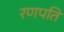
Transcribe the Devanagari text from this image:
रणपति